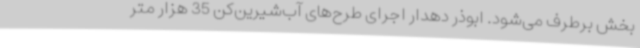
بخش برطرف می‌شود. ابوذر دهدار اجرای طرح‌های آب‌شیرین‌کن 35 هزار متر